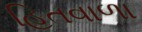
હિતવાળા